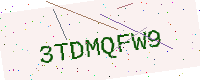
Text: 3TDMQFW9